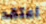
أعتقد